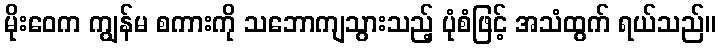
မိုးဝေက ကျွန်မ စကားကို သဘောကျသွားသည့် ပုံစံဖြင့် အသံထွက် ရယ်သည်။